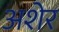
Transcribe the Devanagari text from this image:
अशेर